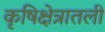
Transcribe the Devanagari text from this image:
कृषिक्षेत्रातली